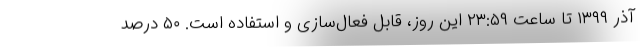
آذر ۱۳۹۹ تا ساعت ۲۳:۵۹ این روز، قابل فعال‌سازی و استفاده است. ۵۰ درصد